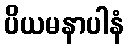
ပိယမနာပါနံ